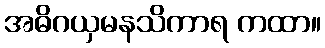
အဓိဂယှမနသိကာရ ကထာ။